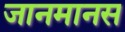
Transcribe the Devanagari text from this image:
जानमानस